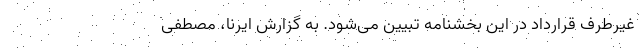
غیرطرف قرارداد در این بخشنامه تبیین می‌شود. به گزارش ایرنا، مصطفی